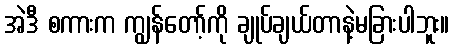
အဲဒီ စကားက ကျွန်တော့်ကို ချုပ်ချယ်တာနဲ့မခြားပါဘူး။